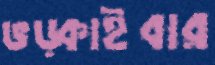
ভড়্‌কাইবার